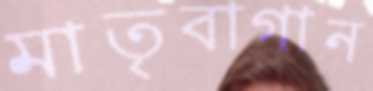
মাতৃবাগান